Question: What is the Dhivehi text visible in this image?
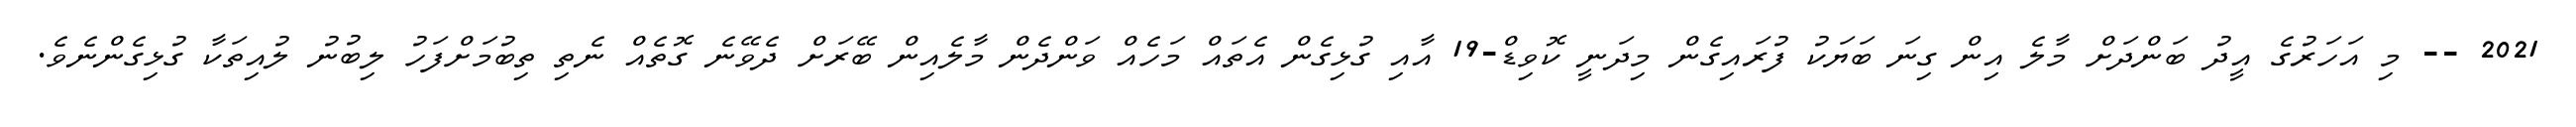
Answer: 2021 -- މި އަހަރުގެ އީދު ބަންދަށް މާލެ އިން ގިނަ ބަޔަކު ފުރައިގެން މިދަނީ ކޮވިޑް-19 އާއި ގުޅިގެން އެތައް މަހެއް ވަންދެން މާލެއިން ބޭރަށް ދެވޭނެ ގޮތެއް ނެތި ތިބުމަށްފަހު ލިބުނު ލުއިތަކާ ގުޅިގެންނެވެ.